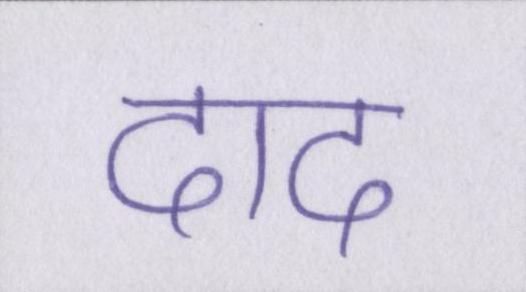
दाद